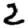
Digit: 2